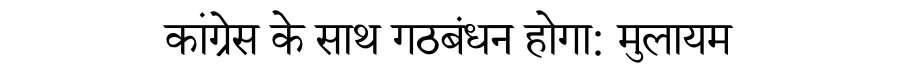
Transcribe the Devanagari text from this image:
कांग्रेस के साथ गठबंधन होगा: मुलायम